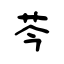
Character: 芩